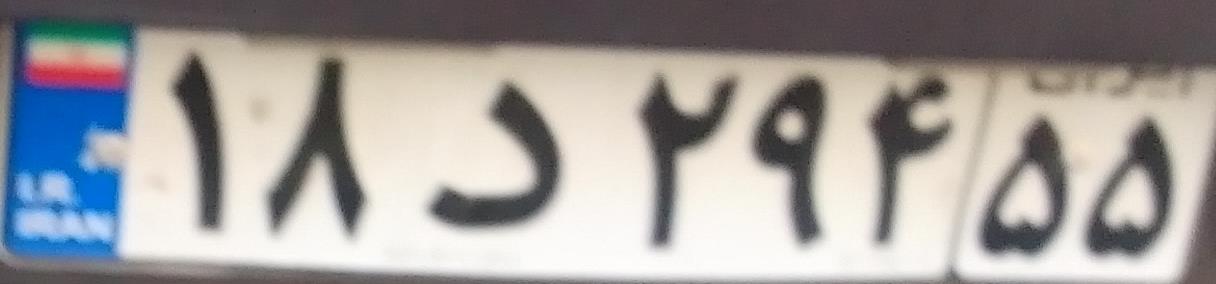
۱۸د۲۹۴۵۵